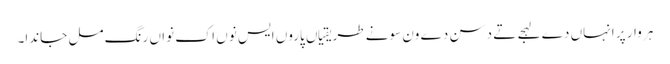
ہر وار پر انہاں دے لہجے تے دسن دے ون سونے طریقیاں پاروں ایس نوں اک نواں رنگ مل جاندا۔